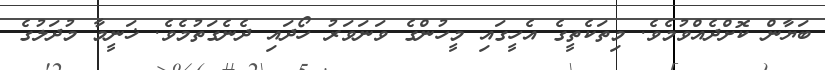
ބަޔާން ކޮށްދެއްވުމެވެ. މިތަކެތީގެ އެހީގައި މީހުންގެ ވަނަވަރު ހޯދައި ދެނެގަތުމެވެ. ޚަނީމާ މުދަލުގެ